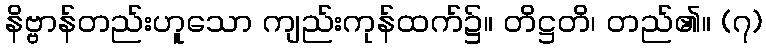
နိဗ္ဗာန်တည်းဟူသော ကျည်းကုန်ထက်၌။ တိဋ္ဌတိ၊ တည်၏။ (၇)